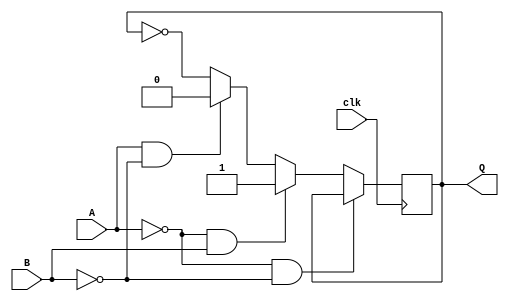
`timescale 1ns / 1ps

module ab(input A, input B, input clk, output reg Q);

    initial Q = 0;

    // You can implement your code here
    always@(posedge clk)
    begin
    	if (~A&&~B) Q<=Q;
    	else if (~A&&B) Q<=1;
    	else if (A&& ~B) Q<=0;
    	else Q<=~Q;
    end
    	

endmodule

module ic1337(input I0,input I1,input I2, input clk, output Q0, output Q1, output Z);

    // You can implement your code here
    // ...
    assign A1= (~(~I1 | I0) & ~I2);
    assign B1= I2;
    assign A0 = ~I2; 
    assign B0 = (~(~I1 | I2) ~^ I0);
    ab ab_1(A1,B1,clk, Q0);
    ab ab_0(A0,B0,clk, Q1);
    assign Z = (Q1 ^ Q0);	

endmodule